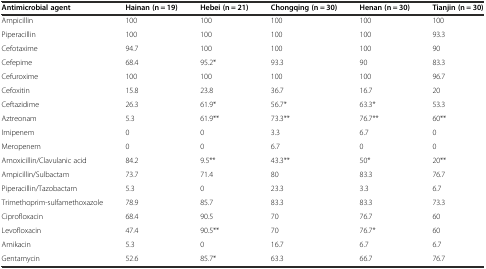
<table><thead><tr><td><b>Antimicrobial agent</b></td><td><b>Hainan (n = 19)</b></td><td><b>Hebei (n = 21)</b></td><td><b>Chongqing (n = 30)</b></td><td><b>Henan (n = 30)</b></td><td><b>Tianjin (n = 30)</b></td></tr></thead><tbody><tr><td>Ampicillin</td><td>100</td><td>100</td><td>100</td><td>100</td><td>100</td></tr><tr><td>Piperacillin</td><td>100</td><td>100</td><td>100</td><td>100</td><td>93.3</td></tr><tr><td>Cefotaxime</td><td>94.7</td><td>100</td><td>100</td><td>100</td><td>90</td></tr><tr><td>Cefepime</td><td>68.4</td><td>95.2*</td><td>93.3</td><td>90</td><td>83.3</td></tr><tr><td>Cefuroxime</td><td>100</td><td>100</td><td>100</td><td>100</td><td>96.7</td></tr><tr><td>Cefoxitin</td><td>15.8</td><td>23.8</td><td>36.7</td><td>16.7</td><td>20</td></tr><tr><td>Ceftazidime</td><td>26.3</td><td>61.9*</td><td>56.7*</td><td>63.3*</td><td>53.3</td></tr><tr><td>Aztreonam</td><td>5.3</td><td>61.9**</td><td>73.3**</td><td>76.7**</td><td>60**</td></tr><tr><td>Imipenem</td><td>0</td><td>0</td><td>3.3</td><td>6.7</td><td>0</td></tr><tr><td>Meropenem</td><td>0</td><td>0</td><td>6.7</td><td>0</td><td>0</td></tr><tr><td>Amoxicillin/Clavulanic acid</td><td>84.2</td><td>9.5**</td><td>43.3**</td><td>50*</td><td>20**</td></tr><tr><td>Ampicillin/Sulbactam</td><td>73.7</td><td>71.4</td><td>80</td><td>83.3</td><td>76.7</td></tr><tr><td>Piperacillin/Tazobactam</td><td>5.3</td><td>0</td><td>23.3</td><td>3.3</td><td>6.7</td></tr><tr><td>Trimethoprim-sulfamethoxazole</td><td>78.9</td><td>85.7</td><td>83.3</td><td>83.3</td><td>73.3</td></tr><tr><td>Ciprofloxacin</td><td>68.4</td><td>90.5</td><td>70</td><td>76.7</td><td>60</td></tr><tr><td>Levofloxacin</td><td>47.4</td><td>90.5**</td><td>70</td><td>76.7*</td><td>60</td></tr><tr><td>Amikacin</td><td>5.3</td><td>0</td><td>16.7</td><td>6.7</td><td>6.7</td></tr><tr><td>Gentamycin</td><td>52.6</td><td>85.7*</td><td>63.3</td><td>66.7</td><td>76.7</td></tr></tbody></table>